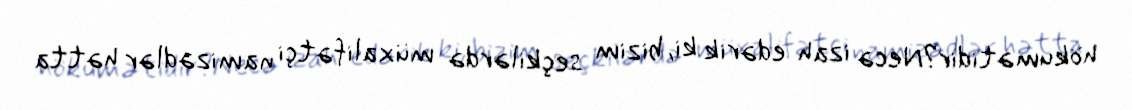
hökumətidir?Necə izah edərik ki, bizim seçkilərdə müxalifətçi namizədlər hətta